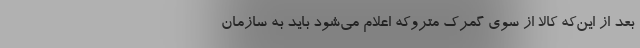
بعد از این‌که کالا از سوی گمرک متروکه اعلام می‌شود باید به سازمان